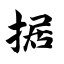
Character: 据